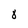
Character: 8